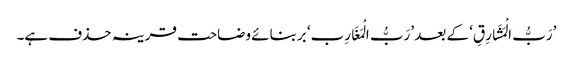
’رَبُّ الْمَشَارِقِ‘ کے بعد ’رَبُّ الْمَغَارِب‘ بربنائے وضاحت قرینہ حذف ہے۔